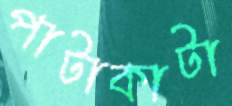
পাটাকাটা